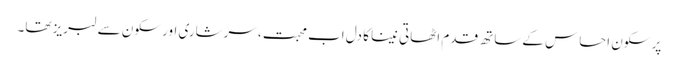
پر سکون احساس کے ساتھ قدم اٹھاتی نینا کا دل اب محبت، سرشاری اور سکون سے لبریز تھا۔